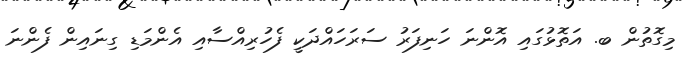
މިގޮތުން ބ. އަތޮޅުގައި އޮންނަ ހަނިފަރު ސަރަހައްދަކީ ފެހުރިއްސާއި އެންމަޑި ގިނައިން ފެންނަ